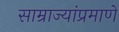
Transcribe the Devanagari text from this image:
साम्राज्यांप्रमाणे